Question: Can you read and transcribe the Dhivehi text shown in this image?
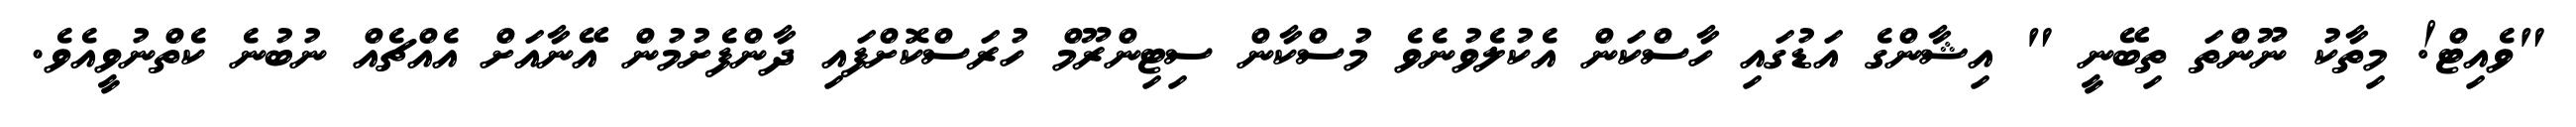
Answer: "ވެއިޓް! މިތާކު ނޫންތަ ތިބޭނީ " އިޝާންގެ އަޑުގައި ހާސްކަން އެކުލެވުނެވެ މުސްކާން ސިޓިންރޫމް ހުރަސްކޮށްފައި ދާންފެށުމުން އޭނާއަށް އެއްޗެއް ނުބުނެ ކެތްނުވީއެވެ.